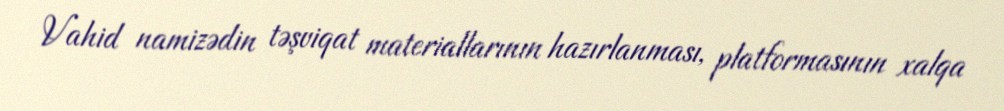
Vahid namizədin təşviqat materiallarının hazırlanması, platformasının xalqa